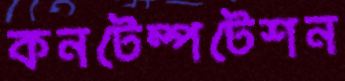
কনটেম্পটেশন